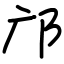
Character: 邝